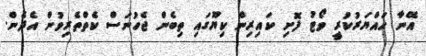
އޭނާ ހައްޔަރުކުރީ ވޯޓު ފޮށި ކައިރިން ކިޔޫގައި ތިބެން ޖެހުނަސް ކެތްތެރިވުން އެދެން.